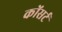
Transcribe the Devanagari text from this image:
कोंसर्ट